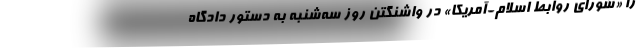
را «شورای روابط اسلام-آمریکا» در واشنگتن روز سه‌شنبه به دستور دادگاه